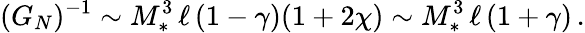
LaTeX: (G_{N})^{-1}\sim M_{*}^{3}\, \ell\, (1-\gamma)(1+2\chi)\sim M_{*}^{3}\, \ell\, (1+\gamma)\, .